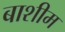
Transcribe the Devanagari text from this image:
बाशीम